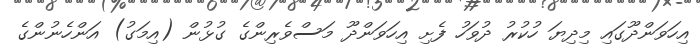
އިހަވަންދޫގައި މިދިޔަ ހުކުރު ދުވަހު ފެށި އިހަވަންދޫ މަސްވެރިންގެ ގުޅުން (އިމަގު) އަންހެނުންގެ